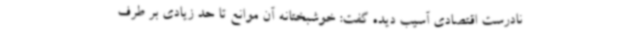
نادرست اقتصادی آسیب دیده گفت: خوشبختانه آن موانع تا حد زیادی بر طرف